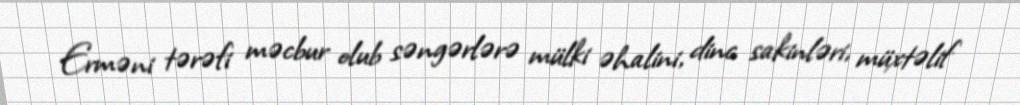
Erməni tərəfi məcbur olub səngərlərə mülki əhalini, dinc sakinləri, müxtəlif